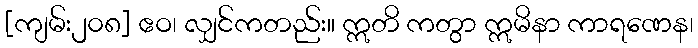
[ကျမ်း၂၀၈] ဧဝ၊ လျှင်ကတည်း။ ဣတိ ကတွာ ဣမိနာ ကာရဏေန၊